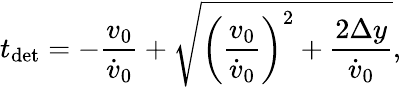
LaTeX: t_{\mathrm{det}}=-\frac{v_{0}}{\dot{v}_{0}}+\sqrt{\left(\frac{v_{0}}{\dot{v}_{0}}\right)^{2}+\frac{2\Delta y}{\dot{v}_{0}}},